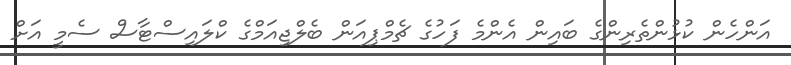
އަންހެން ކުޅުންތެރިންގެ ބައިން އެންމެ ފަހުގެ ޗެމްޕިއަން ބެލްޖިއަމްގެ ކްލައިސްޓާސް ސެމީ އަށް